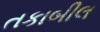
તકાબીલ